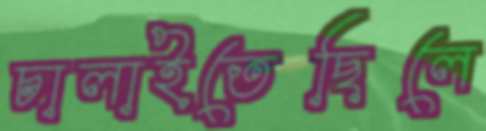
চালাইতেছিলে